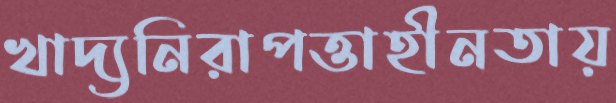
খাদ্যনিরাপত্তাহীনতায়